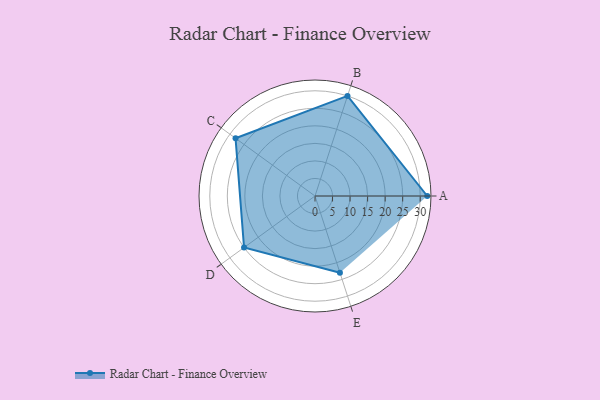
{"axis": {"x": "Skill", "y": "Score"}, "legend": ["Profile"], "data": [{"x": "A", "y": 32.0, "type": "Profile"}, {"x": "B", "y": 30.0, "type": "Profile"}, {"x": "C", "y": 28.0, "type": "Profile"}, {"x": "D", "y": 25.0, "type": "Profile"}, {"x": "E", "y": 23.0, "type": "Profile"}]}